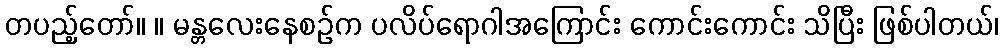
တပည့်တော်။ ။ မန္တလေးနေစဉ်က ပလိပ်ရောဂါအကြောင်း ကောင်းကောင်း သိပြီး ဖြစ်ပါတယ်၊